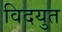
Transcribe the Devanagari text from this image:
विदयुत